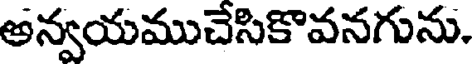
అన్వయముచేసికొవనగును.